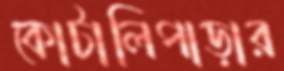
কোটালিপাড়ার